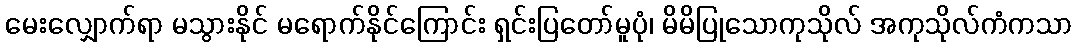
မေးလျှောက်ရာ မသွားနိုင် မရောက်နိုင်ကြောင်း ရှင်းပြတော်မူပုံ၊ မိမိပြုသောကုသိုလ် အကုသိုလ်ကံကသာ